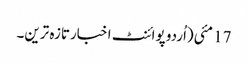
17 مئی(اُردو پوائنٹ اخبارتازہ ترین۔